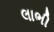
લાભી